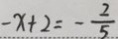
- x + 2 = - \frac { 2 } { 5 }